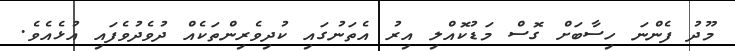
މޫދު ފެންނަ ހިސާބަށް ގޮސް މަޑުކޮއްލި އިރު އެތަނުގައި ކުދިވެރިންތަކެއް ދުވެދުވެފައި އުޅެއެވެ.